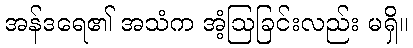
အန်ဒရေ၏ အသံက အံ့ဩခြင်းလည်း မရှိ။